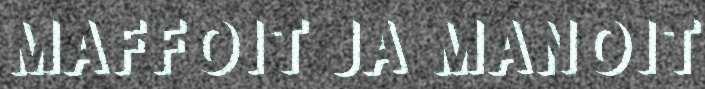
MAFFOIT JA MANOIT